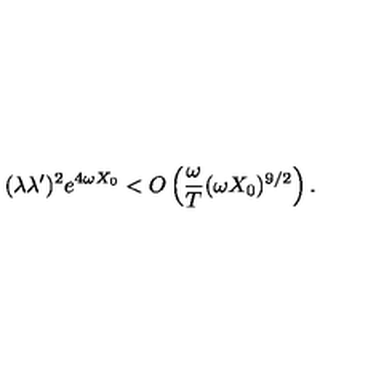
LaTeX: ( \lambda \lambda ^ { \prime } ) ^ { 2 } e ^ { 4 \omega X _ { 0 } } < O \left( \frac { \omega } { T } ( \omega X _ { 0 } ) ^ { 9 / 2 } \right) .